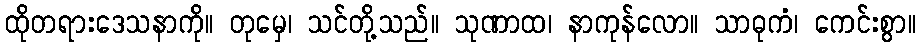
ထိုတရားဒေသနာကို။ တုမှေ၊ သင်တို့သည်။ သုဏာထ၊ နာကုန်လော။ သာဓုကံ၊ ကေင်းစွာ။